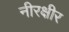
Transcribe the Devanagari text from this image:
नीरक्षीर